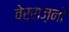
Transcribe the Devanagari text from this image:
वेर्राज़नो